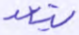
يتعد